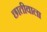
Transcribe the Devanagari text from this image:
छातीवाला